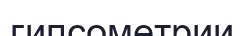
гипсометрии